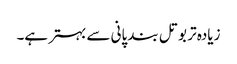
زیادہ تر بوتل بند پانی سے بہتر ہے۔